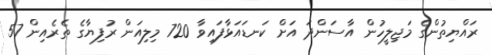
ރައްޔިތުންގެ މަޖިލީހުން އާސަންދަ އަށް ކަނޑައަޅާފައިވާ 720 މިލިއަން ރުފިޔާގެ ތެރެއިން 57